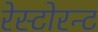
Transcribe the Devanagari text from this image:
रेस्टोरन्ट